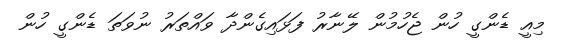
މިއީ ޑެންގީ ހުން ޖެހުމުން ލޭނާރު ފަޅައިގެންދާ ވައްތަރު ނުވަތަ ޑެންގީ ހުން